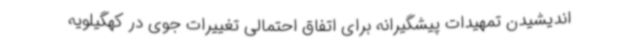
اندیشیدن تمهیدات پیشگیرانه برای اتفاق احتمالی تغییرات جوی در کهگیلویه